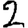
Digit: 2